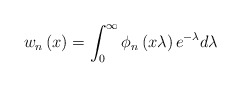
\begin{align*}w_{n}\left( x\right) =\int_{0}^{\infty}\phi_{n}\left( x\lambda\right)e^{-\lambda}d\lambda \end{align*}